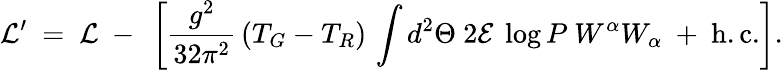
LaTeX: {\cal L}^{\prime}\ =\ {\cal L}\ -\ \left[\frac{g^{2}}{32\pi^{2}}\, (T_{G}-T_{R})\, \int d^{2}\Theta~2{\cal E}~\log P~W^{\alpha}W_{\alpha}\ +\ \mathrm{h.c.}\right].